Bréfritari: Sigríður Pálsdóttir
Viðtakandi: Páll Pálsson
Dagsetning: A-1869-09-24
Skrifað á: Breiðabólsstað  Rang.
Páll var bróðir Sigríðar

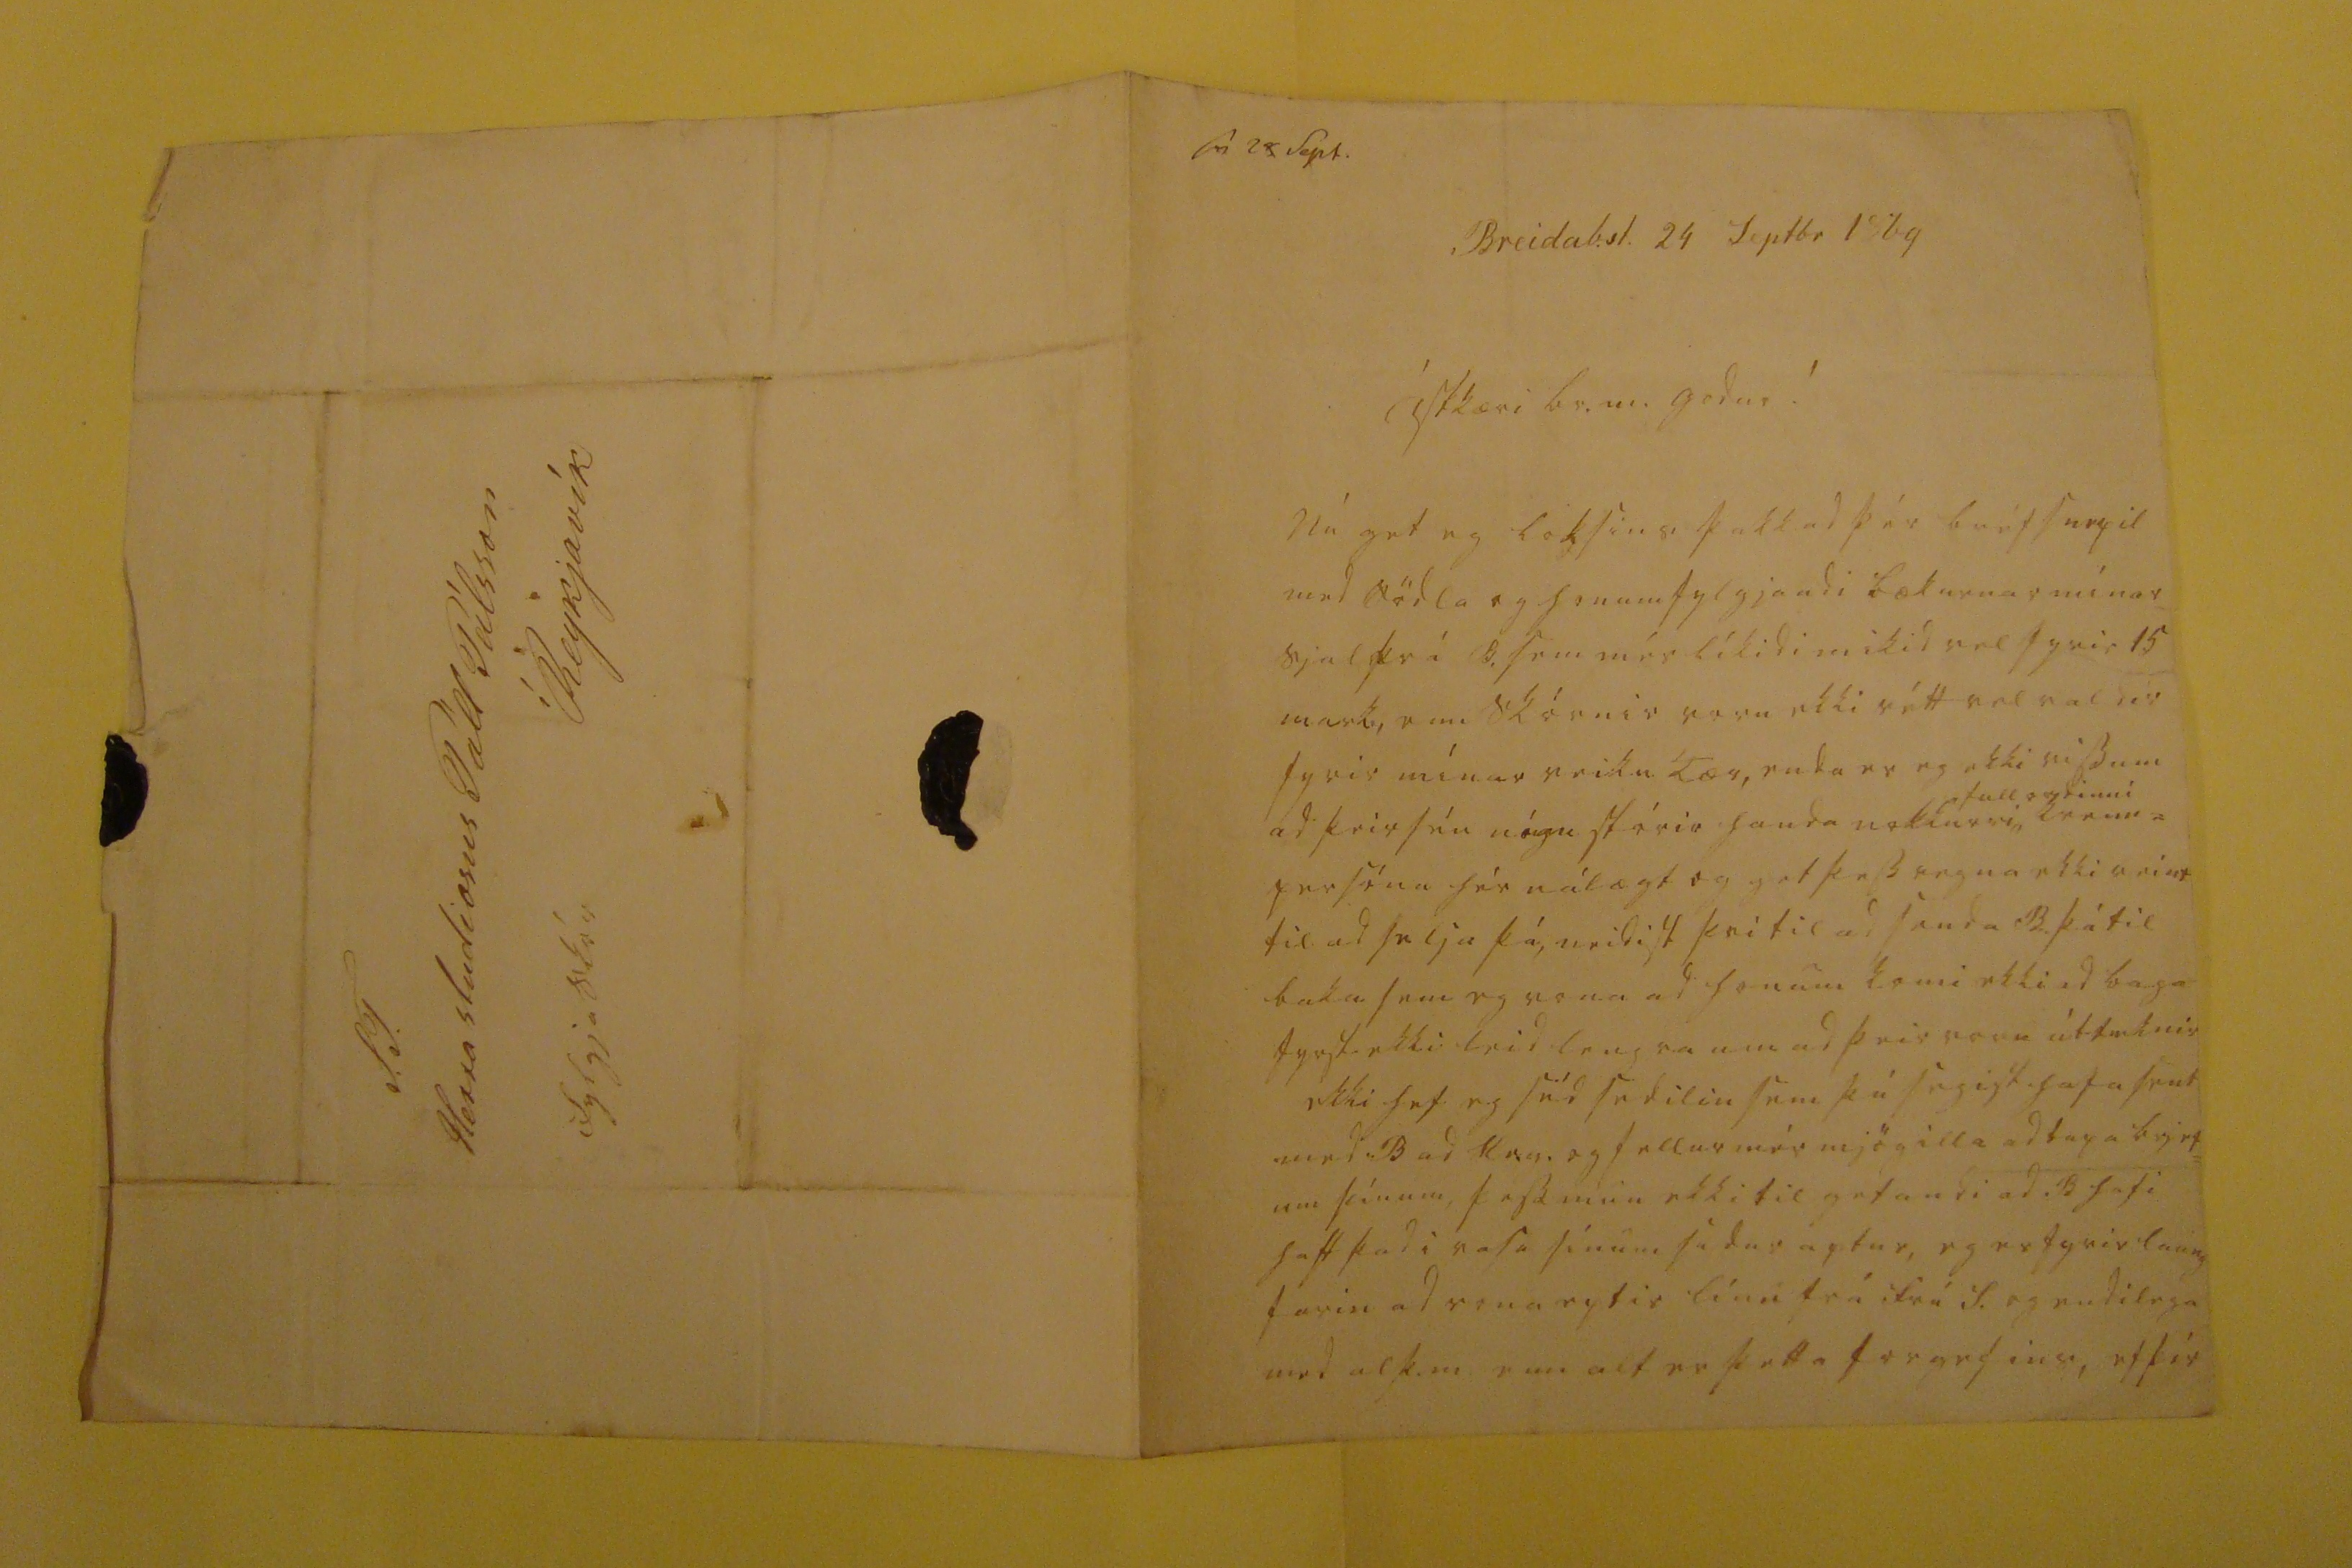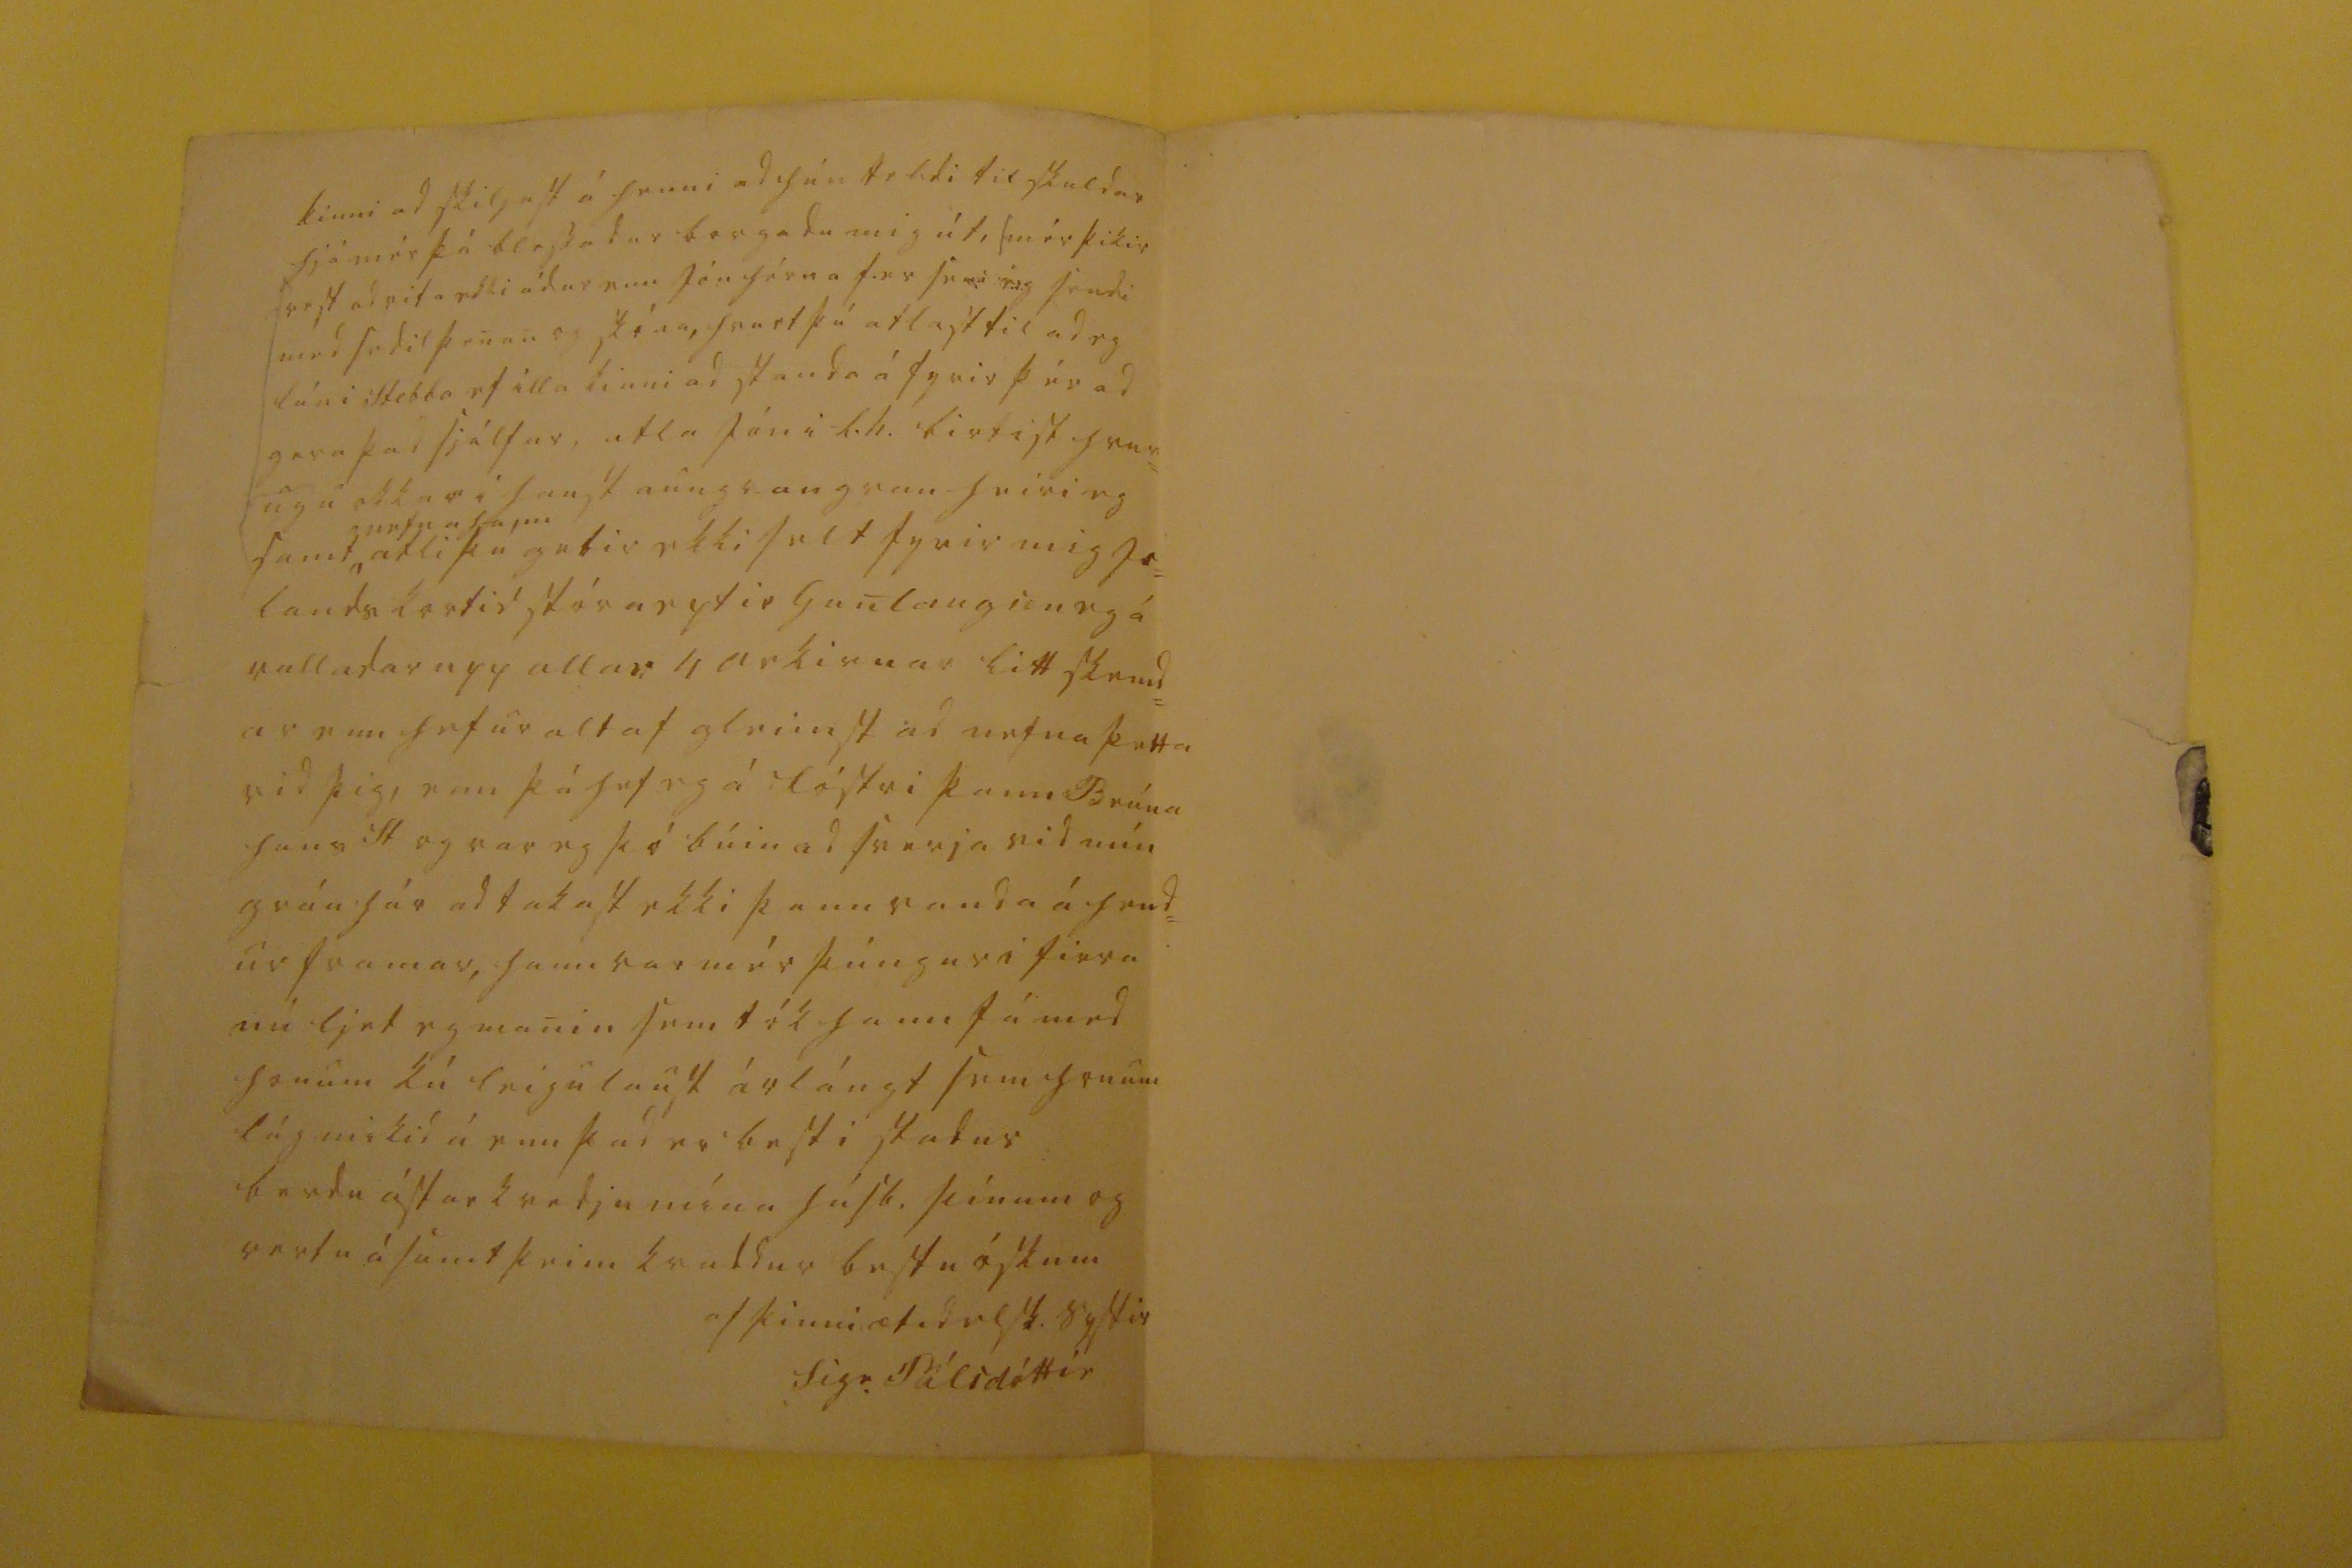

sv 28 Sept.
Breidab.st. 24 Septbr 1869
ástkæri br. m. godur !
Nú get eg loksins þakkad þér bréfsnepil med Södla og honum fylgjandi bækurnar mínar sjal frá B. sem mér líkidi mikid vel fyrir 15 mark, enn skórnir voru ekki rétt vel valdir fyrir mínar veiku Tær, enda er eg ekki viss um ad þeir séu nógu stórir handa nokkurri
fullordinni
krenn= persónu
hér nálægt og get þess vegna ekki reint til ad selja þá, neidist þvi til ad senda B. þá til baka sem eg vona ad honum komi ekki ad baga fyrst ekki leid lengra um ad þeir voru útteknir ekki hef eg séd sedilin sem þú segist hafa sent med B ad Hr.g. og fellur mér mjög illa ad tapa brjef= um þínum, þess mun ekki til gefandi ad B hafi haft þad i vasa sínum sudur aptur, eg er fyrir laung farin ad vona eptir línu frá S. og endilega med al þ.m enn alt er þetta forgefins, ef þér
kinni ad skiljast á henni ad hún teldi til skuldar hjá mér þá blessadur borgadu mig út, (mér þikir vest ad vita ekki ádur enn Jón hérna fer sem eg sendi med sedil þenan og skóna, hvurt þú atlast til ad eg láni Stebba ef illa kinni ad standa á fyrir þér ad gera þad sjálfur, atla Jón i L.h. birtist hvur= ug i okkar i haust aungvan heiri eg samt
nefna hann
atli þú getir ekki selt fyrir mig Is= lands kortid stóra eptir Gunlaug
son
eg á valladar upp allar 4 arkirnar litt skemd= ar enn hefur altaf gleimst ad nefna þetta vid þig, enn þá hef eg á fóstri þann Brúna hans St og var eg þó búin ad sverja vid mín gráu hár ad takast ekki þann vanda á hend= ur framar, hann var mér þúngur i firra nú ljet eg manin sem tók hann fá med honum kú leigulaust árlángt sem honum lág mikid á enn þad er besti stadur berdu ástarkvedju mína húsb. þínum og vertu ásamt þeim kvaddur bestu óskum
af þinni ætid elsk. systir
Sigr. Pálsdóttir
S.T. Herra studiosus Páll Pálsson í Reykjavík fylgja skór